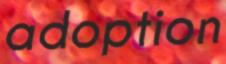
adoption